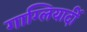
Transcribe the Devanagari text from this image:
गाग्लियार्दी